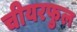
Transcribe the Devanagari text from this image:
चीयरफुल